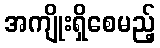
အကျိုးရှိစေမည့်